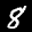
Label: 8